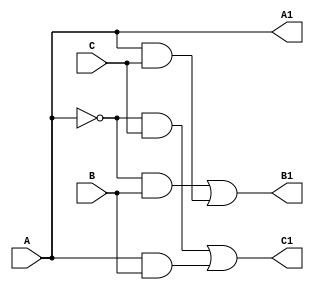

module cswap(A1, B1, C1, A, B, C);
    output A1, B1, C1;
    input A, B, C;

    wire Ab, B11, B12, C11, C12;
    buf (A1, A);
    not (Ab, A);
    and (B11, Ab, B);
    and (B12, A, C);
    or (B1, B11, B12);
    and (C11, Ab, C);
    and (C12, A, B);
    or (C1, C11, C12);

endmodule

module cswap_fa(s, cout, a, b, cin);
    output s, cout;
    input a, b, cin;
    
    wire i1, i2, i3;
    wire j1, j2, j3;
    wire k1, k2, k3;
    wire l1, l2, l3;
    wire m1, m2, m3;
    cswap g1(i1, i2, i3, a, 1'b0, 1'b1);
    cswap g2(j1, j2, j3, b, i2, i3);
    cswap g3(k1, k2, k3, cin, j2, j3);
    cswap g4(s, l2, l3, k2, k1, k3);
    cswap g5(m1, cout, m3, j1, l2, l3);
endmodule
        
module cswap_wide_adder #(parameter [3:0] width = 4) (s, cout, a, b, cin);
    output [width-1:0] s;
    output cout;
    input [width-1:0] a, b;
    input cin;

    wire [width:0] c;
    assign c[0] = cin;
    assign cout = c[width];

    genvar n;
    generate
        for(n=0; n<width; n=n+1)
            cswap_fa fa(s[n], c[n+1], a[n], b[n], c[n]);
    endgenerate
endmodule